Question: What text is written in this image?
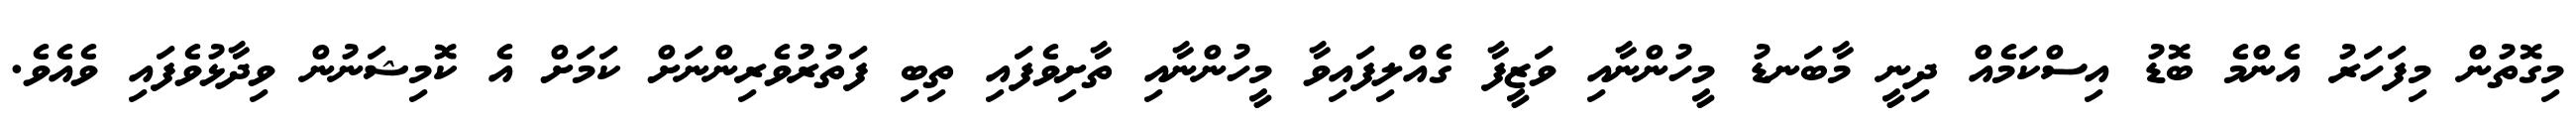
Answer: މިގޮތުން މިފަހަރު އެންމެ ބޮޑު އިސްކަމެއް ދިނީ މާބަނޑު މީހުންނާއި ވަޒީފާ ގެއްލިފައިވާ މީހުންނާއި ތާށިވެފައި ތިބި ފަތުރުވެރިންނަށް ކަމަށް އެ ކޮމިޝަނުން ވިދާޅުވެފައި ވެއެވެ.